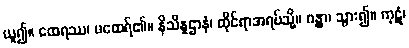
ယူ၍။ ထေရဿ၊ မထေရ်၏။ နိသိန္နဌာနံ၊ ထိုင်ရာအရပ်သို့။ ဂန္တွာ၊ သွား၍။ ကုဋံ၊